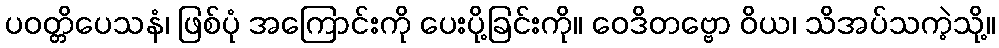
ပဝတ္တိပေသနံ၊ ဖြစ်ပုံ အကြောင်းကို ပေးပို့ခြင်းကို။ ဝေဒိတဗ္ဗော ဝိယ၊ သိအပ်သကဲ့သို့။